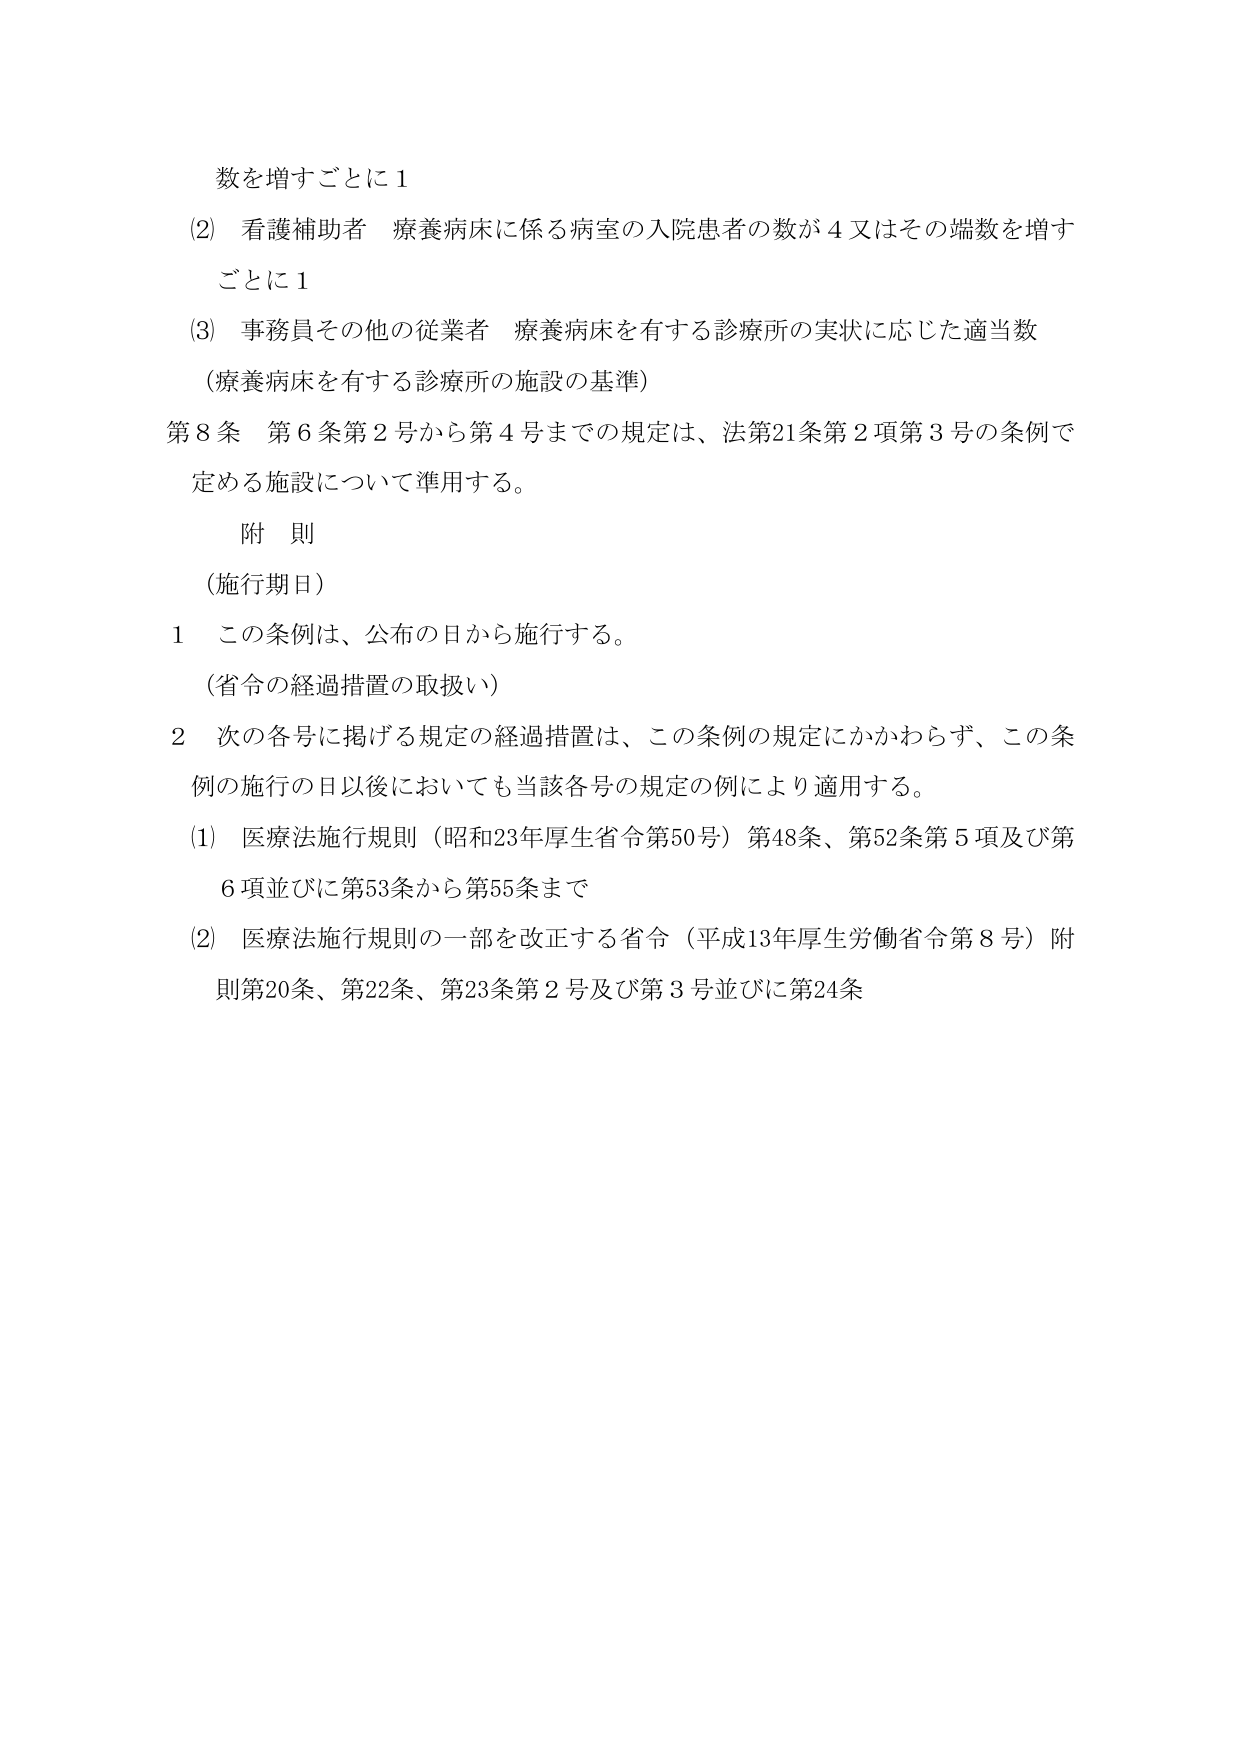
数を増すごとに１
(2) 看護補助者 療養病床に係る病室の入院患者の数が４又はその端数を増すごとに１
(3) 事務員その他の従業者 療養病床を有する診療所の実状に応じた適当数
（療養病床を有する診療所の施設の基準）
第８条 第６条第２号から第４号までの規定は、法第21条第２項第３号の条例で定める施設について準用する。
附 則
（施行期日）
１ この条例は、公布の日から施行する。
（省令の経過措置の取扱い）
２ 次の各号に掲げる規定の経過措置は、この条例の規定にかかわらず、この条例の施行の日以後においても当該各号の規定の例により適用する。
(1) 医療法施行規則（昭和23年厚生省令第50号）第48条、第52条第５項及び第６項並びに第53条から第55条まで
(2) 医療法施行規則の一部を改正する省令（平成13年厚生労働省令第８号）附則第20条、第22条、第23条第２号及び第３号並びに第24条